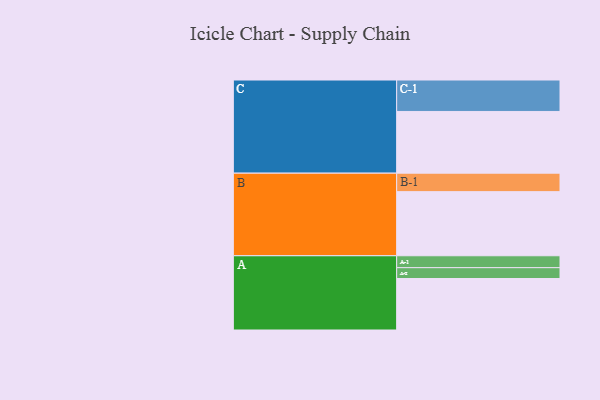
{"axis": {"x": "Segment", "y": "Value"}, "legend": ["", "A", "B", "C"], "data": [{"x": "A", "y": 432, "type": ""}, {"x": "B", "y": 538, "type": ""}, {"x": "C", "y": 518, "type": ""}, {"x": "A-1", "y": 100, "type": "A"}, {"x": "A-2", "y": 91, "type": "A"}, {"x": "B-1", "y": 155, "type": "B"}, {"x": "C-1", "y": 264, "type": "C"}]}